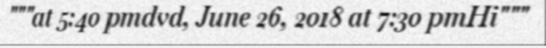
"""at 5:40 pmdvd, June 26, 2018 at 7:30 pmHi"""